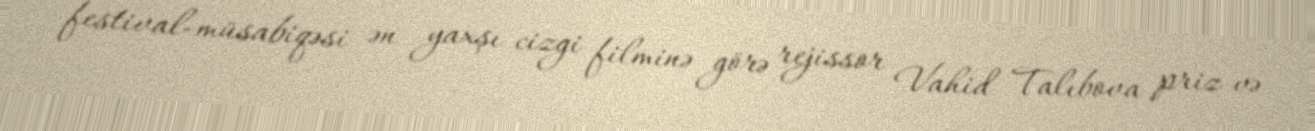
festival-müsabiqəsi ən yaxşı cizgi filminə görə rejissor Vahid Talıbova priz və